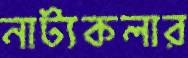
নাট্যকলার